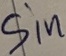
Text: Sin